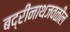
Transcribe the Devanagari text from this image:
बद्रीनाथजवळील